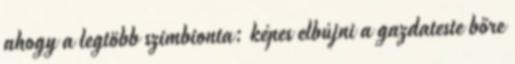
ahogy a legtöbb szimbionta: képes elbújni a gazdateste bőre